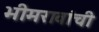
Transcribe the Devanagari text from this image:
भीमरावांची